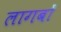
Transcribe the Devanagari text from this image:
लागबों